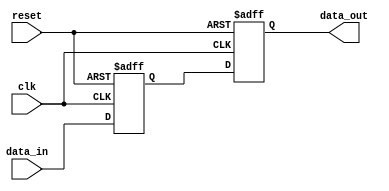
module bypass_register(
    input wire clk,
    input wire reset,
    input wire data_in,
    output reg data_out
);

reg internal_data;

always @(posedge clk or posedge reset) begin
    if (reset) begin
        internal_data <= 0;
        data_out <= 0;
    end else begin
        internal_data <= data_in;
        data_out <= internal_data;
    end
end

endmodule